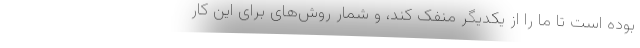
بوده است تا ما را از یکدیگر منفک کند، و شمار روش‌های برای این کار